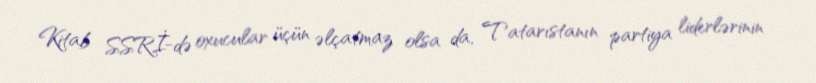
Kitab SSRİ-də oxucular üçün əlçatmaz olsa da, Tatarıstanın partiya liderlərinin